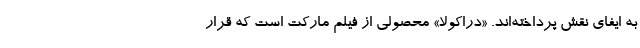
به ایفای نقش پرداخته‌اند. «دراکولا» محصولی از فیلم مارکت است که قرار